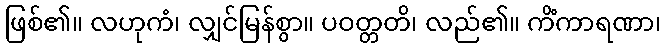
ဖြစ်၏။ လဟုကံ၊ လျှင်မြန်စွာ။ ပဝတ္တတိ၊ လည်၏။ ကိံကာရဏာ၊